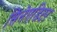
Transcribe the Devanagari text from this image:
सिनेएडिटर